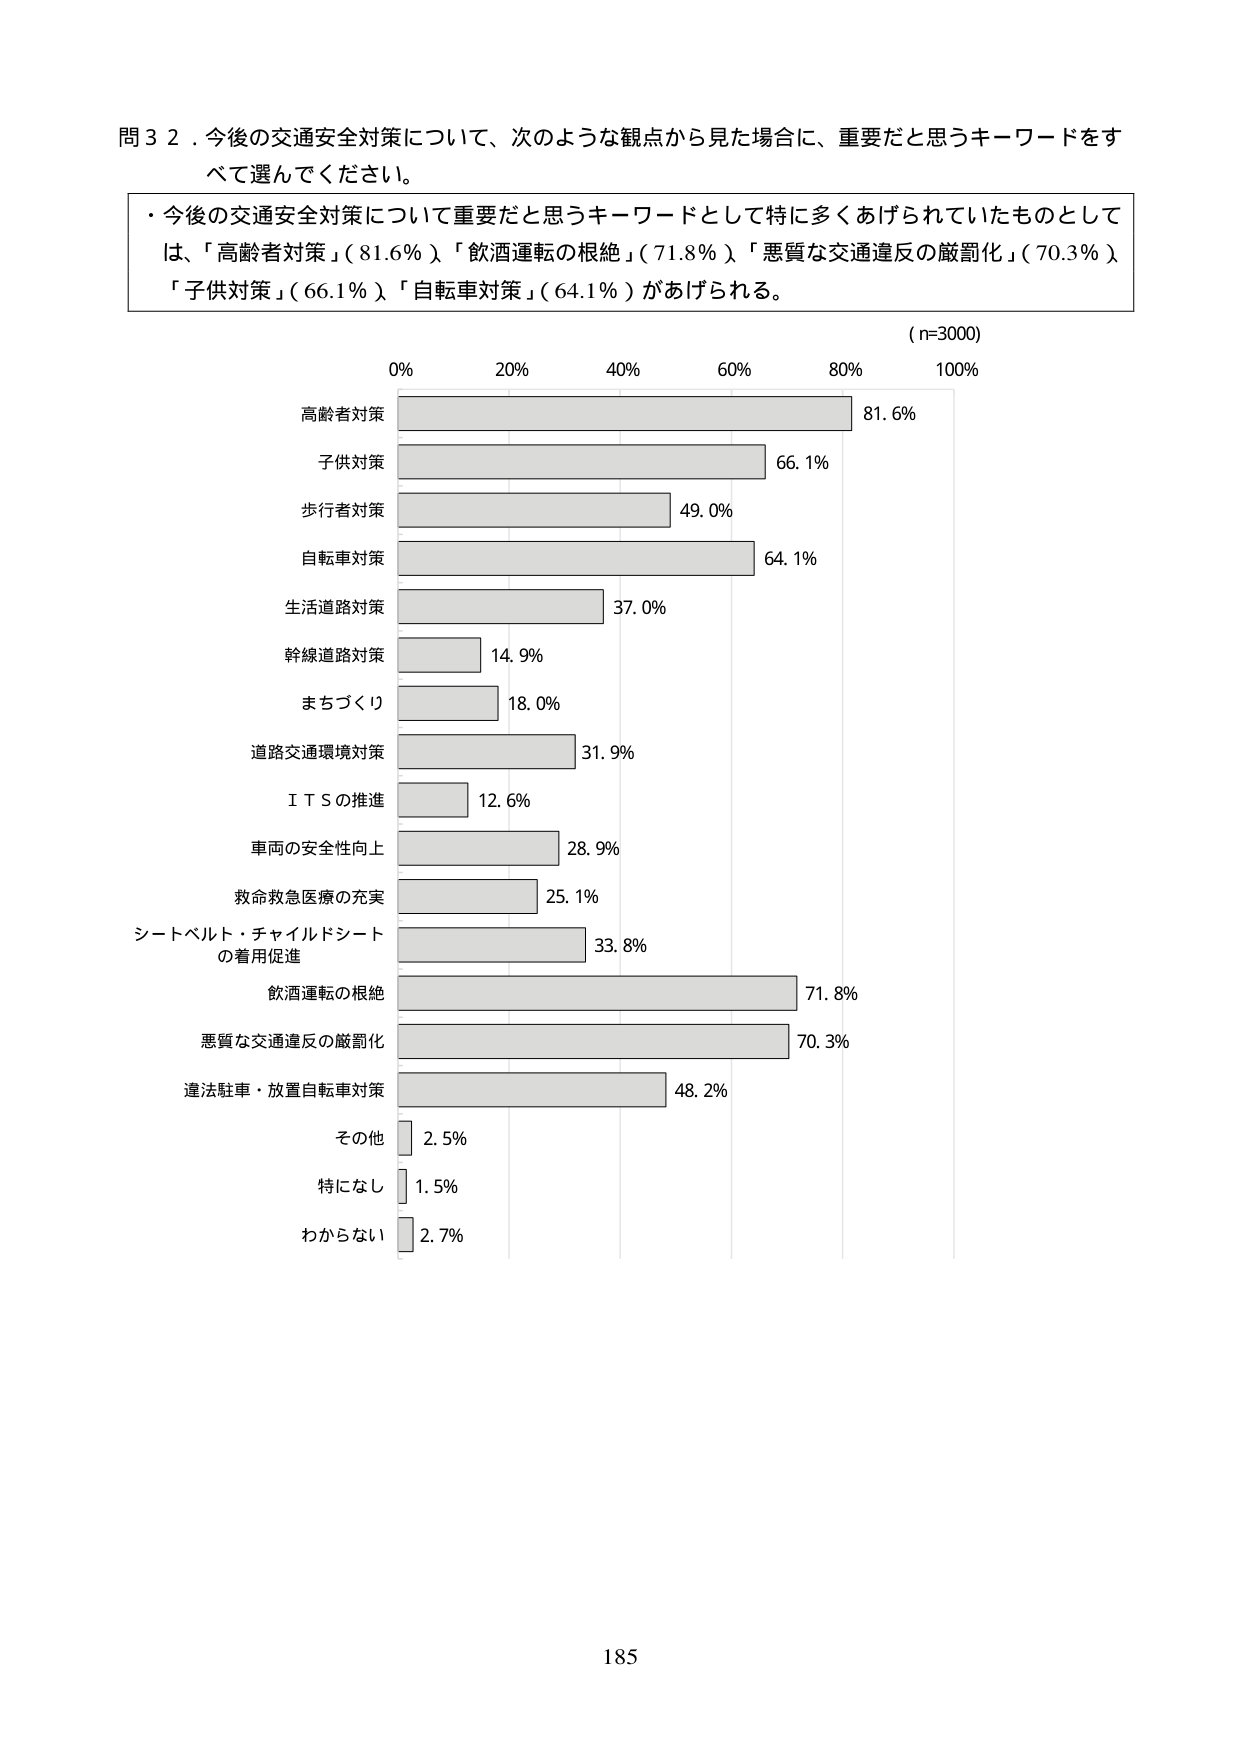
問３２．今後の交通安全対策について、次のような観点から見た場合に、重要だと思うキーワードをすべて選んでください。

・今後の交通安全対策について重要だと思うキーワードとして特に多くあげられていたものとしては、「高齢者対策」（81.6％）、「飲酒運転の根絶」（71.8％）、「悪質な交通違反の厳罰化」（70.3％）、「子供対策」（66.1％）、「自転車対策」（64.1％）があげられる。

（n=3000）

0% 20% 40% 60% 80% 100%

高齢者対策 81.6%
子供対策 66.1%
歩行者対策 49.0%
自転車対策 64.1%
生活道路対策 37.0%
幹線道路対策 14.9%
まちづくり 18.0%
道路交通環境対策 31.9%
ＩＴＳの推進 12.6%
車両の安全性向上 28.9%
救命救急医療の充実 25.1%
シートベルト・チャイルドシート
の着用促進 33.8%
飲酒運転の根絶 71.8%
悪質な交通違反の厳罰化 70.3%
違法駐車・放置自転車対策 48.2%
その他 2.5%
特になし 1.5%
わからない 2.7%

185